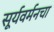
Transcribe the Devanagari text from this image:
सूर्यवर्मनचा